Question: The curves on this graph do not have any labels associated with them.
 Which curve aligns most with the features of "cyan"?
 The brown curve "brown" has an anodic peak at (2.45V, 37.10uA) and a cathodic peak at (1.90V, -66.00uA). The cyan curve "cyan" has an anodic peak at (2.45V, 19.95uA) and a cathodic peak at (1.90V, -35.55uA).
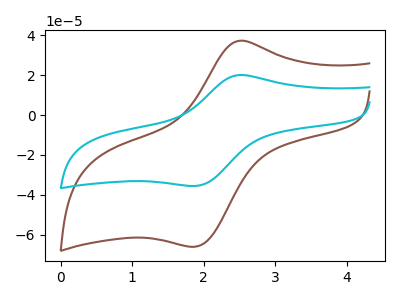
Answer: <think>All the peaks in "brown" have a peak in "cyan" at the same potential. Every peak in "brown" is higher than every peak in "cyan".
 </think>
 <answer>The CV with the most similar shape to "brown" is "cyan".</answer>
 <eval>"cyan"</eval>